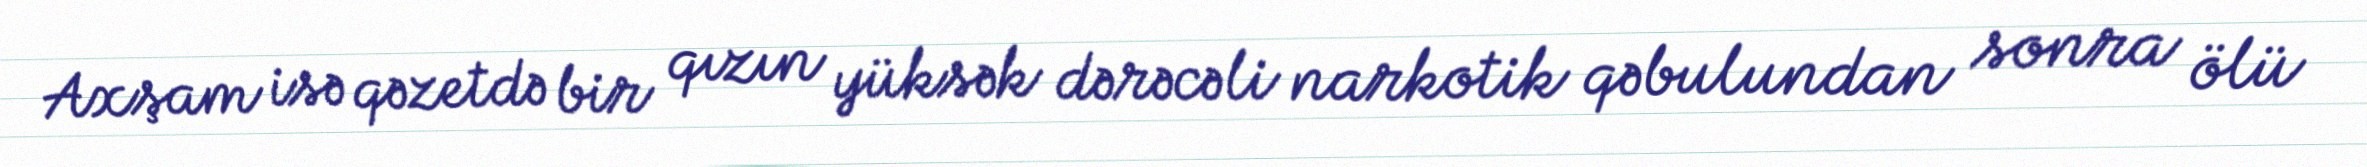
Axşam isə qəzetdə bir qızın yüksək dərəcəli narkotik qəbulundan sonra ölü